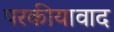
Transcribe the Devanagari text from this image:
परकीयावाद